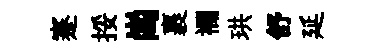
蹇挼崗裹襴珙舒延